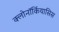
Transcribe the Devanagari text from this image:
क्लोनॉर्कियासिस